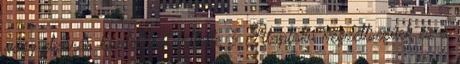
vagy elzárás büntetélsét töltötte 3 Alapfokú végzettségűek és a